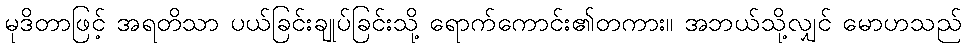
မုဒိတာဖြင့် အရတိသာ ပယ်ခြင်းချုပ်ခြင်းသို့ ရောက်ကောင်း၏တကား။ အဘယ်သို့လျှင် မောဟသည်